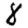
Digit: 8